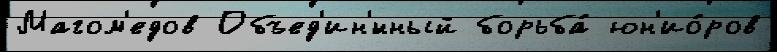
Магом'едов Объед'ин'́нный борьба́ юн'ио́ров